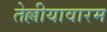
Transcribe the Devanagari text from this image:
तेल्लीयावारम